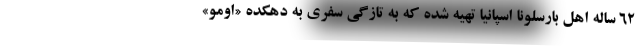
۶۲ ساله اهل بارسلونا اسپانیا تهیه شده که به تازگی سفری به دهکده «اومو»